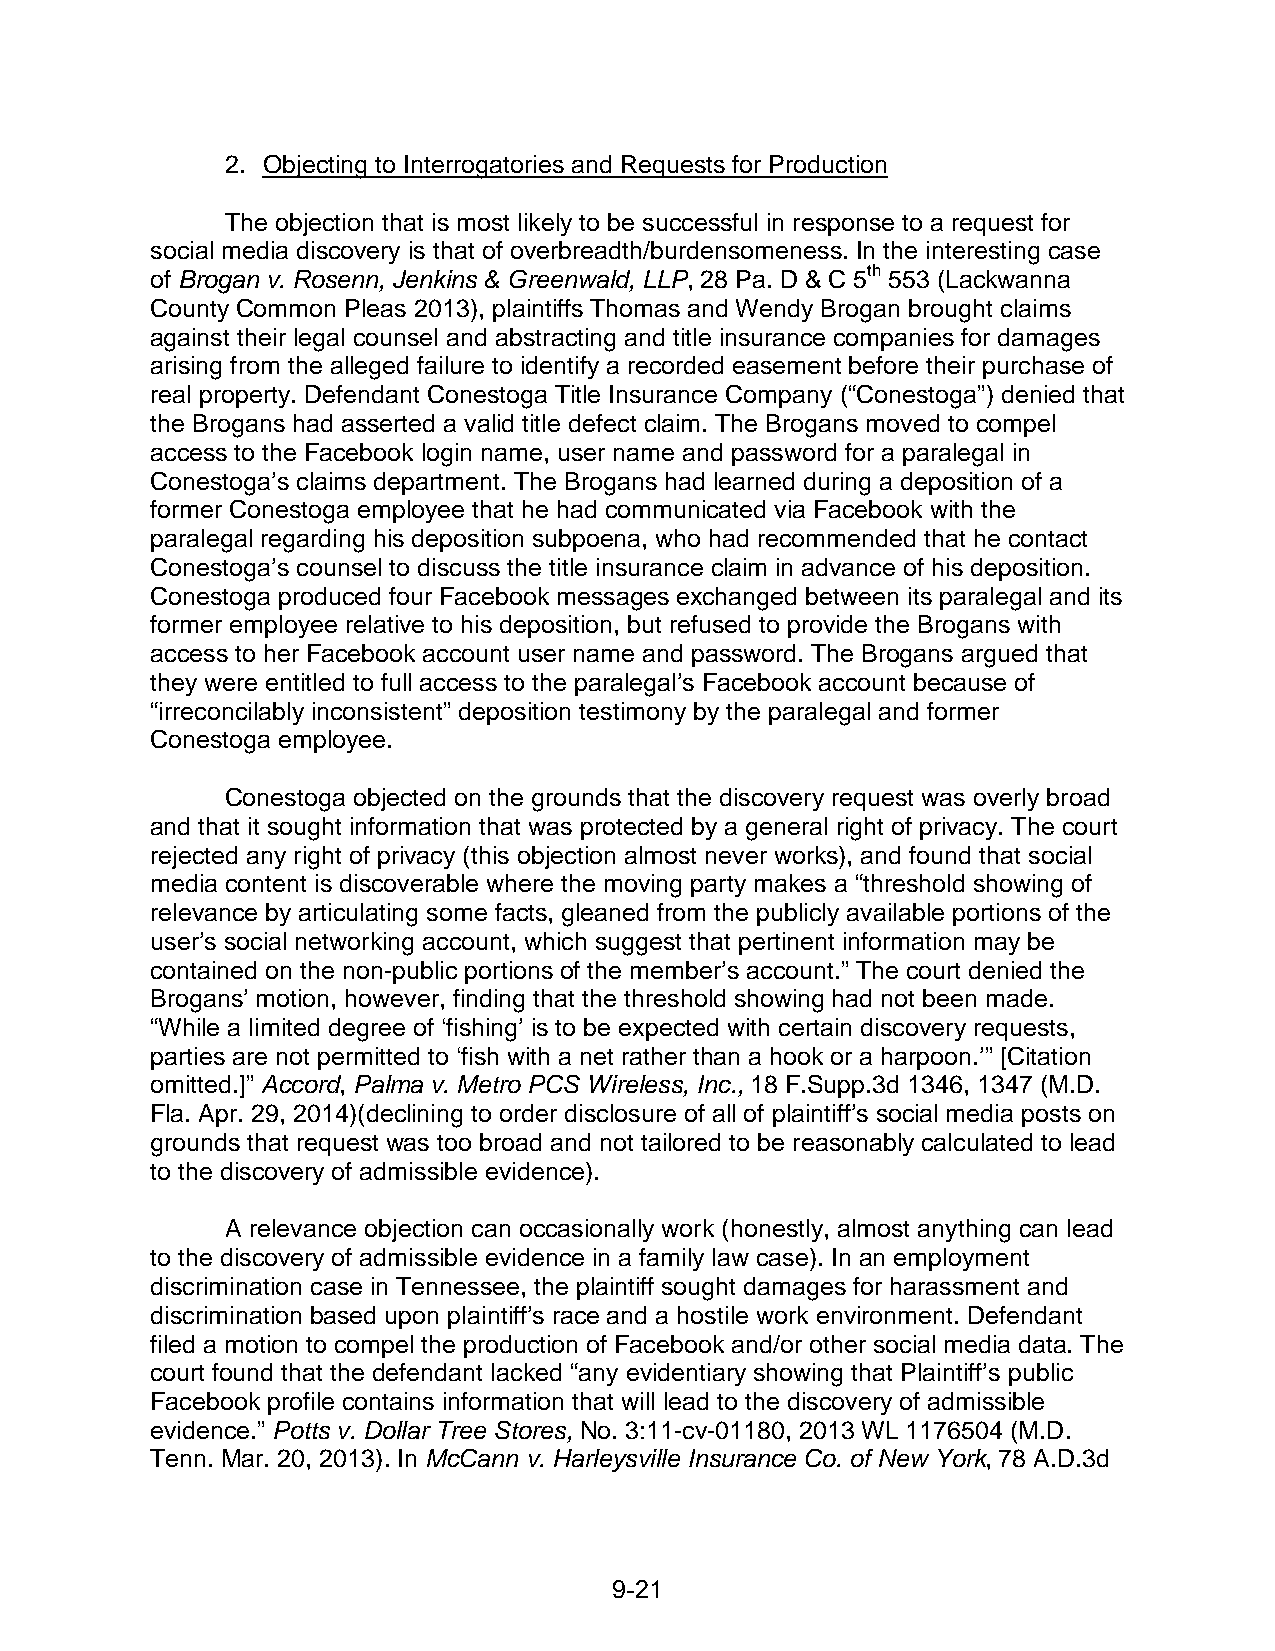
2. Objecting to Interrogatories and Requests for Production
 The objection that is most likely to be successful in response to a request for
 social media discovery is that of overbreadth/burdensomeness. In the interesting case
 of Brogan v. Rosenn, Jenkins & Greenwald, LLP, 28 Pa. D & C 5th 553 (Lackwanna
 County Common Pleas 2013), plaintiffs Thomas and Wendy Brogan brought claims
 against their legal counsel and abstracting and title insurance companies for damages
 arising from the alleged failure to identify a recorded easement before their purchase of
 real property. Defendant Conestoga Title Insurance Company (“Conestoga”) denied that
 the Brogans had asserted a valid title defect claim. The Brogans moved to compel
 access to the Facebook login name, user name and password for a paralegal in
 Conestoga’s claims department. The Brogans had learned during a deposition of a
 former Conestoga employee that he had communicated via Facebook with the
 paralegal regarding his deposition subpoena, who had recommended that he contact
 Conestoga’s counsel to discuss the title insurance claim in advance of his deposition.
 Conestoga produced four Facebook messages exchanged between its paralegal and its
 former employee relative to his deposition, but refused to provide the Brogans with
 access to her Facebook account user name and password. The Brogans argued that
 they were entitled to full access to the paralegal’s Facebook account because of
 “irreconcilably inconsistent” deposition testimony by the paralegal and former
 Conestoga employee.
 Conestoga objected on the grounds that the discovery request was overly broad
 and that it sought information that was protected by a general right of privacy. The court
 rejected any right of privacy (this objection almost never works), and found that social
 media content is discoverable where the moving party makes a “threshold showing of
 relevance by articulating some facts, gleaned from the publicly available portions of the
 user’s social networking account, which suggest that pertinent information may be
 contained on the non-public portions of the member’s account.” The court denied the
 Brogans’ motion, however, finding that the threshold showing had not been made.
 “While a limited degree of ‘fishing’ is to be expected with certain discovery requests,
 parties are not permitted to ‘fish with a net rather than a hook or a harpoon.’” [Citation
 omitted.]” Accord, Palma v. Metro PCS Wireless, Inc., 18 F.Supp.3d 1346, 1347 (M.D.
 Fla. Apr. 29, 2014)(declining to order disclosure of all of plaintiff’s social media posts on
 grounds that request was too broad and not tailored to be reasonably calculated to lead
 to the discovery of admissible evidence).
 A relevance objection can occasionally work (honestly, almost anything can lead
 to the discovery of admissible evidence in a family law case). In an employment
 discrimination case in Tennessee, the plaintiff sought damages for harassment and
 discrimination based upon plaintiff’s race and a hostile work environment. Defendant
 filed a motion to compel the production of Facebook and/or other social media data. The
 court found that the defendant lacked “any evidentiary showing that Plaintiff’s public
 Facebook profile contains information that will lead to the discovery of admissible
 evidence.” Potts v. Dollar Tree Stores, No. 3:11-cv-01180, 2013 WL 1176504 (M.D.
 Tenn. Mar. 20, 2013). In McCann v. Harleysville Insurance Co. of New York, 78 A.D.3d
 9-2 1